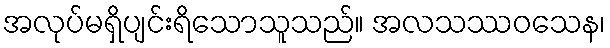
အလုပ်မရှိပျင်းရိသောသူသည်။ အလသဿဝသေန၊